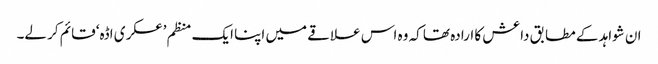
ان شواہد کے مطابق داعش کا ارادہ تھا کہ وہ اس علاقے میں اپنا ایک منظم ’عسکری اڈہ‘ قائم کر لے۔